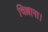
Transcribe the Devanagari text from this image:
चिल्लाना।